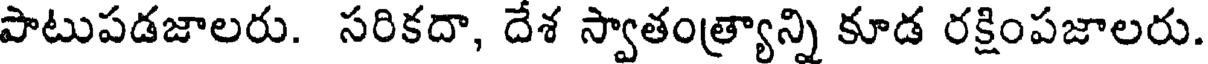
పాటుపడజాలరు. సరికదా, దేశ స్వాతంత్ర్యాన్ని కూడ రక్షింపజాలరు.